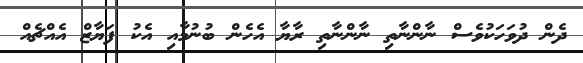
ދެން ދުވަހަކުވެސް ނާންނާތި ނާންނާތި ރާޔާ އެހެން ބުނުމާއި އެކު ފަޔާޒް އެއްޗެއް